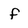
Character: f